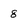
Character: 8